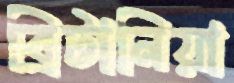
ব্রিটানিয়া